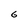
Character: G